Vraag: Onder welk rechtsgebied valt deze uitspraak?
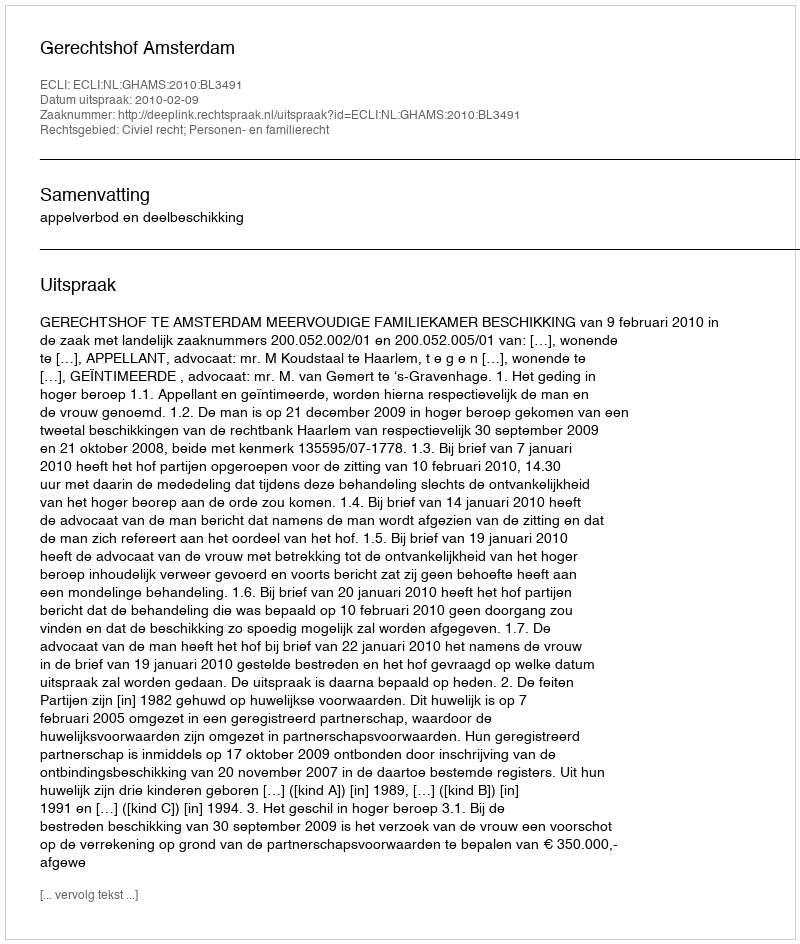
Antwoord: Civiel recht; Personen- en familierecht